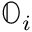
\mathbb { O } _ { i }